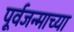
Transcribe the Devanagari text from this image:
पूर्वजन्माच्या